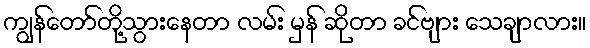
ကျွန်တော်တို့သွားနေတာ လမ်း မှန် ဆိုတာ ခင်ဗျား သေချာလား။